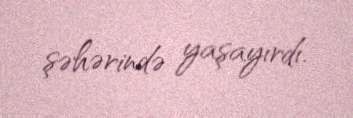
şəhərində yaşayırdı.